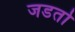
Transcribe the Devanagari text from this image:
जडतो